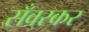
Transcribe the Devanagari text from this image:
सँवरकर